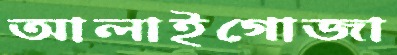
আলাইগোজা